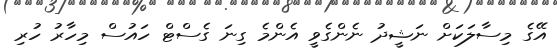
އޭގެ މިސާލަކަށް ނަޝީދު ނެންގެވީ އެންމެ ގިނަ ގެސްޓް ހައުސް މިހާރު ހުރި